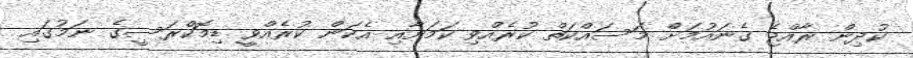
ކުދިން ރާއްޖެ ގެނައުމަށް މަސައްކަތް ކުރެއްވި ކަމަށާއި އެކަން ކުރެއްވީ ޑިމޮކްރަސީގެ ނަމުގައި